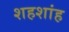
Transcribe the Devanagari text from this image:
शहशांह